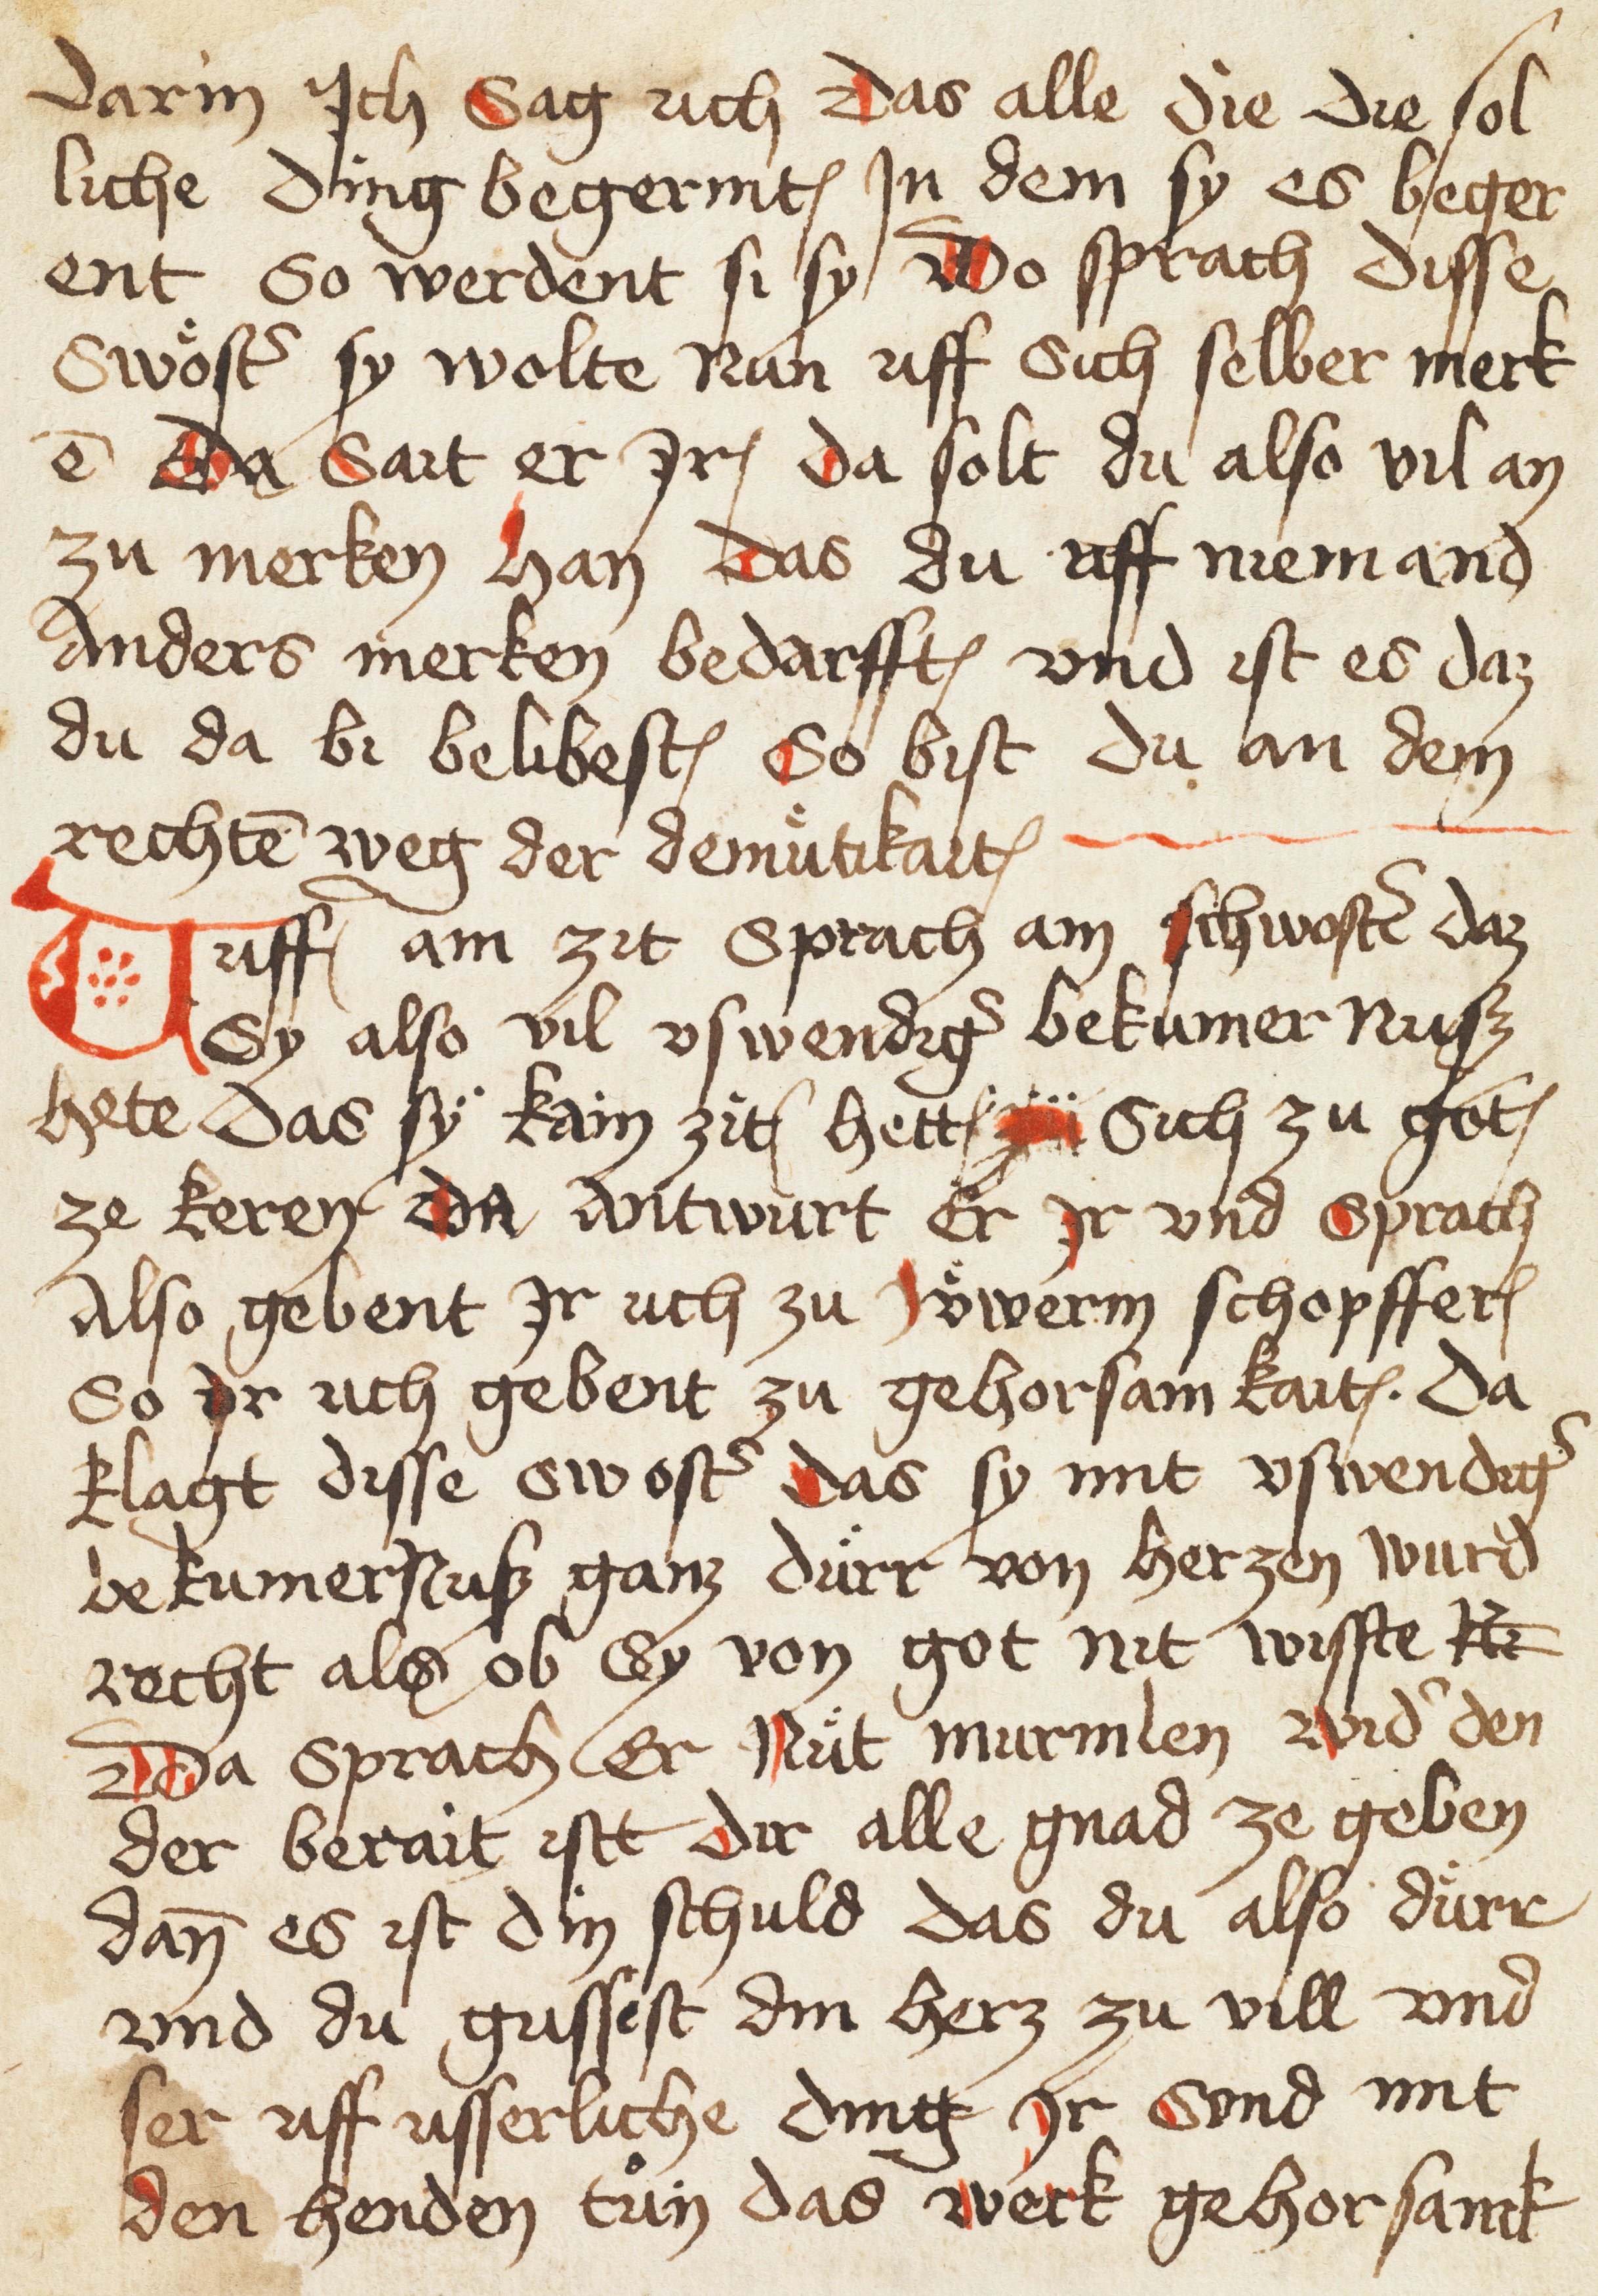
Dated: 1400–1499